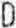
D